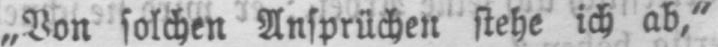
„Von solchen Ansprüchen stehe ich ab,“